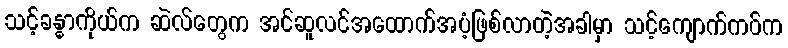
သင့်ခန္ဓာကိုယ်က ဆဲလ်တွေက အင်ဆူလင်အထောက်အပံ့ဖြစ်လာတဲ့အခါမှာ သင့်ကျောက်ကပ်က